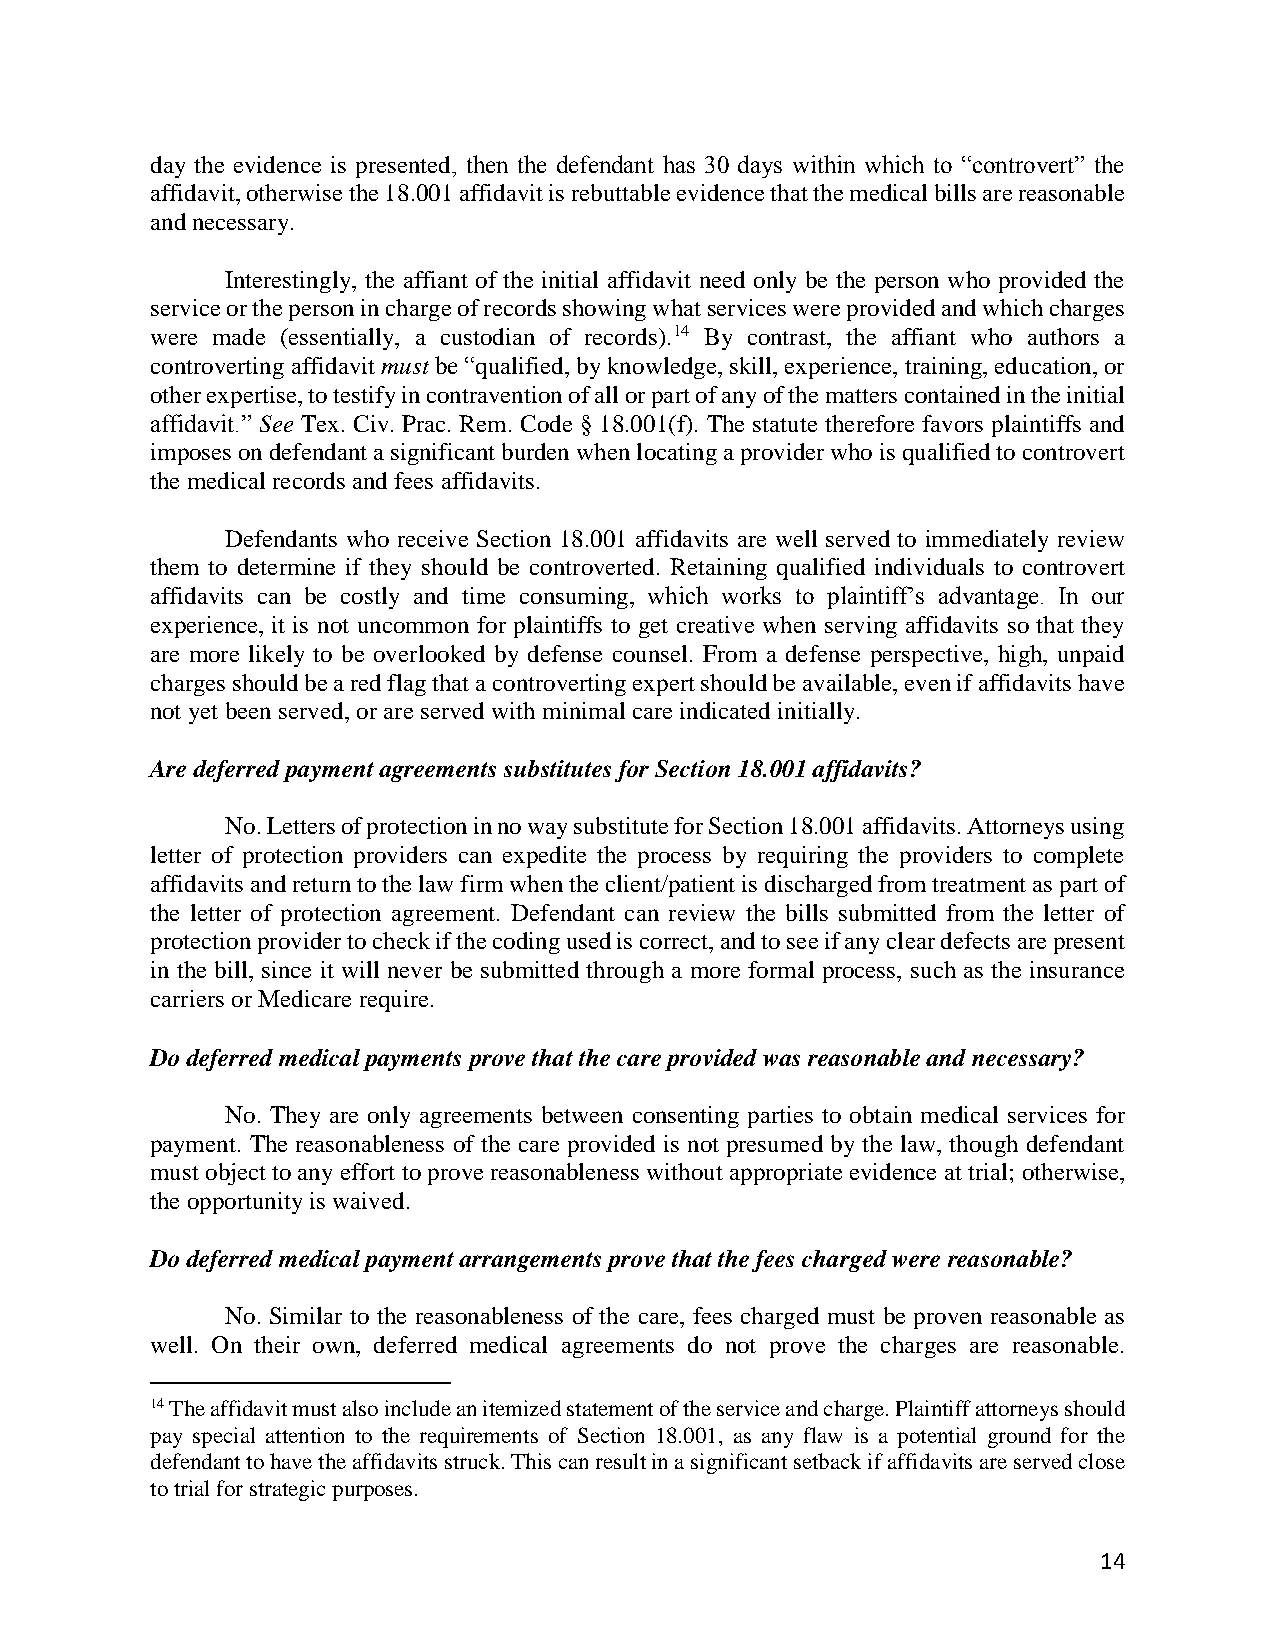
day the evidence is presented, then the defendant has 30 days within which to “controvert” the
 affidavit, otherwise the 18.001 affidavit is rebuttable evidence that the medical bills are reasonable
 and necessary.
 Interestingly, the affiant of the initial affidavit need only be the person who provided the
 service or the person in charge of records showing what services were provided and which charges
 were made (essentially, a custodian of records).14 By contrast, the affiant who authors a
 controverting affidavit must be “qualified, by knowledge, skill, experience, training, education, or
 other expertise, to testify in contravention of all or part of any of the matters contained in the initial
 affidavit.” See Tex. Civ. Prac. Rem. Code § 18.001(f). The statute therefore favors plaintiffs and
 imposes on defendant a significant burden when locating a provider who is qualified to controvert
 the medical records and fees affidavits.
 Defendants who receive Section 18.001 affidavits are well served to immediately review
 them to determine if they should be controverted. Retaining qualified individuals to controvert
 affidavits can be costly and time consuming, which works to plaintiff’s advantage. In our
 experience, it is not uncommon for plaintiffs to get creative when serving affidavits so that they
 are more likely to be overlooked by defense counsel. From a defense perspective, high, unpaid
 charges should be a red flag that a controverting expert should be available, even if affidavits have
 not yet been served, or are served with minimal care indicated initially.
 Are deferred payment agreements substitutes for Section 18.001 affidavits?
 No. Letters of protection in no way substitute for Section 18.001 affidavits. Attorneys using
 letter of protection providers can expedite the process by requiring the providers to complete
 affidavits and return to the law firm when the client/patient is discharged from treatment as part of
 the letter of protection agreement. Defendant can review the bills submitted from the letter of
 protection provider to check if the coding used is correct, and to see if any clear defects are present
 in the bill, since it will never be submitted through a more formal process, such as the insurance
 carriers or Medicare require.
 Do deferred medical payments prove that the care provided was reasonable and necessary?
 No. They are only agreements between consenting parties to obtain medical services for
 payment. The reasonableness of the care provided is not presumed by the law, though defendant
 must object to any effort to prove reasonableness without appropriate evidence at trial; otherwise,
 the opportunity is waived.
 Do deferred medical payment arrangements prove that the fees charged were reasonable?
 No. Similar to the reasonableness of the care, fees charged must be proven reasonable as
 well. On their own, deferred medical agreements do not prove the charges are reasonable.
 14 The affidavit must also include an itemized statement of the service and charge. Plaintiff attorneys should
 pay special attention to the requirements of Section 18.001, as any flaw is a potential ground for the
 defendant to have the affidavits struck. This can result in a significant setback if affidavits are served close
 to trial for strategic purposes.
 14